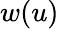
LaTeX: w(u)